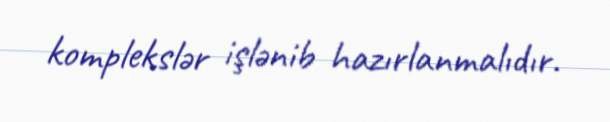
komplekslər işlənib hazırlanmalıdır.